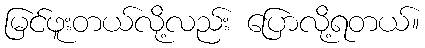
မြင်ဖူးတယ်လို့လည်း ပြောလို့ရတယ်။